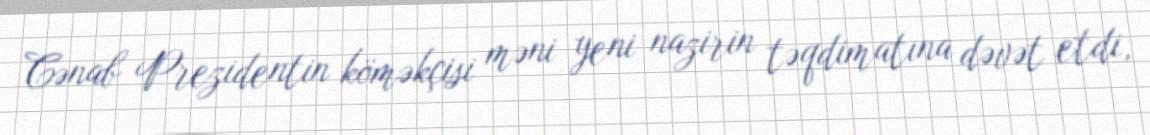
Cənab Prezidentin köməkçisi məni yeni nazirin təqdimatına dəvət etdi,